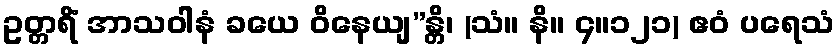
ဥတ္တရိံ အာသဝါနံ ခယေ ဝိနေယျ”န္တိ၊ (သံ။ နိ။ ၄။၁၂၁) ဧဝံ ပရေသံ